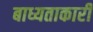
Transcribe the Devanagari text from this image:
बाध्यताकारी